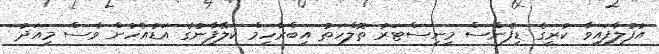
އުފުލާފައިވާ ކުރީގެ ޑިފެންސް މިނިސްޓަރު ތޮލްހަތު އިބްރާހިމް ކަލޭފާނުގެ އަޑުއެހުން ވެސް މިއަދު